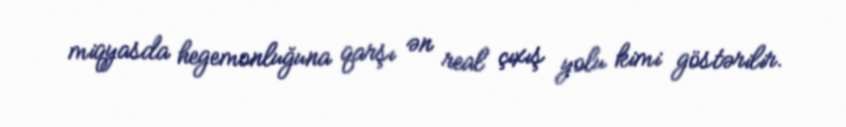
miqyasda hegemonluğuna qarşı ən real çıxış yolu kimi göstərilir.